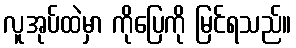
လူအုပ်ထဲမှာ ကိုပြေကို မြင်ရသည်။